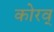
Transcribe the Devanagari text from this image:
कोरव्